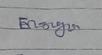
Signature authenticity: genuine